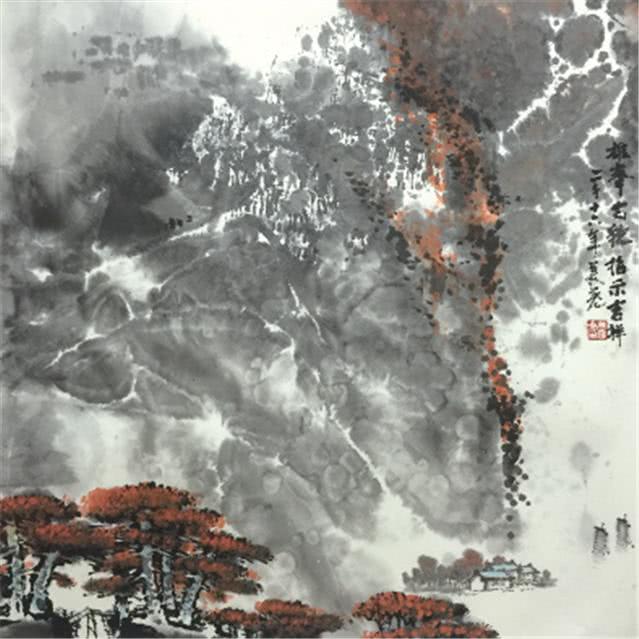
荒城临古渡，落日满秋山。